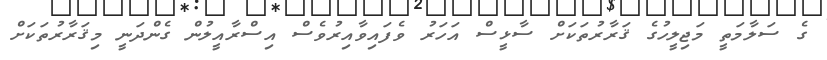
ގެ ސަލާމަތީ މަޖިލީހުގެ ޤަރާރުތަކަށް ސާޅީސް އަހަރު ވެފައިވާއިރުވެސް އިސްރާއީލުން ގެންދަނީ މިޤަރާރުތަކަށް